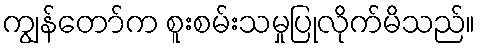
ကျွန်တော်က စူးစမ်းသမှုပြုလိုက်မိသည်။